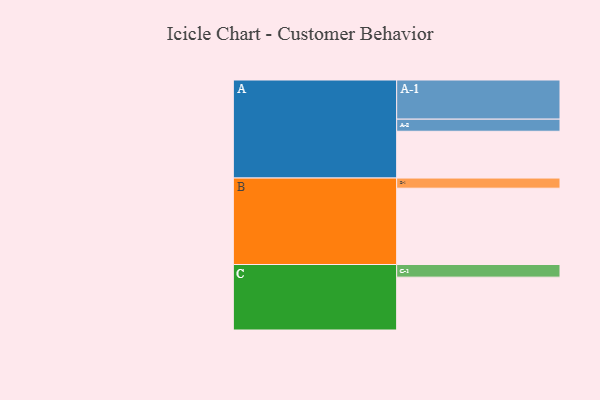
{"axis": {"x": "Segment", "y": "Value"}, "legend": ["", "A", "B", "C"], "data": [{"x": "A", "y": 355, "type": ""}, {"x": "B", "y": 579, "type": ""}, {"x": "C", "y": 401, "type": ""}, {"x": "A-1", "y": 297, "type": "A"}, {"x": "A-2", "y": 92, "type": "A"}, {"x": "B-1", "y": 77, "type": "B"}, {"x": "C-1", "y": 96, "type": "C"}]}